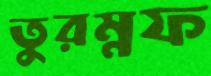
তুরম্নফ